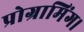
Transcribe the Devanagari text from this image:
प्रोग्रामिंग।